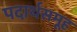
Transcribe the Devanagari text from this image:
पदार्थसमूह